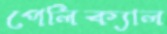
পেলিক্যাল